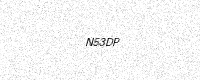
Text: N53DP